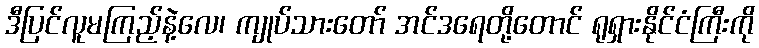
ဒီပြင်လူမကြည့်နဲ့လေ၊ ကျုပ်သားတော် အင်ဒရေတို့တောင် ရုရှားနိုင်ငံကြီးကို